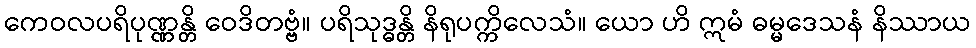
ကေဝလပရိပုဏ္ဏန္တိ ဝေဒိတဗ္ဗံ။ ပရိသုဒ္ဓန္တိ နိရုပက္ကိလေသံ။ ယော ဟိ ဣမံ ဓမ္မဒေသနံ နိဿာယ